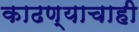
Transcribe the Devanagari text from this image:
काढण्याचाही